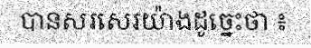
បានសរសេរយ៉ាងដូច្នេះថា ៖